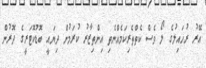
އޭރު ރުހައިލުގެ ލޯ ވެސް ކެތްތެރިކަމެއްނެތި އިންތިޒާރު ކުރަމުން ދިޔައީ ބޮޑުކޮޓަރީގެ ދޮރުން